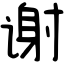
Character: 谢